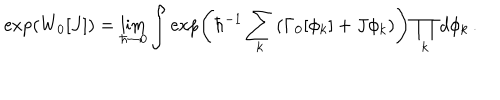
\exp \left( W _ { 0 } [ J ] \right) = \lim _ { \hbar \to 0 } \int \exp \left( \hbar ^ { - 1 } \sum _ { k } \left( \Gamma _ { 0 } [ \phi _ { k } ] + J \phi _ { k } \right) \right) \prod _ { k } d \phi _ { k } \, .